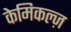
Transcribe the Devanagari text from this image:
केमिकल्ज़